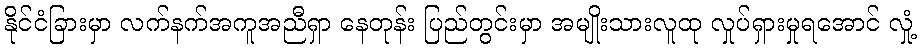
နိုင်ငံခြားမှာ လက်နက်အကူအညီရှာ နေတုန်း ပြည်တွင်းမှာ အမျိုးသားလူထု လှုပ်ရှားမှုရအောင် လှုံ့